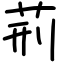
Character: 荊